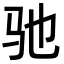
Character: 驰